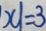
x \vert = 3